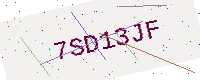
Text: 7SD13JF